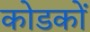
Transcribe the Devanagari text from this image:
कोडकों